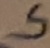
Text: S